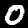
Digit: 0